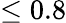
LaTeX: \le 0.8